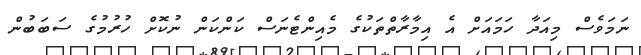
ނަމަވެސް މިއަދާ ހަމައަށް އެ އިމާރާތްތަކުގެ މެއިންޓެނަސް ކަންކަން ނުކޮށް ހުރުމުގެ ސަބަބުން